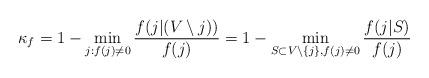
LaTeX: \begin{align*}\kappa_{f}=1- \min_{j:f(j)\neq 0} \frac{f(j|(V\setminus j))}{f(j)}=1-\min_{S\subset V\setminus\{j\}, f(j)\neq 0}\frac{f(j|S)}{f(j)}\end{align*}